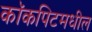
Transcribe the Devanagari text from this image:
कॉकपिटमधील